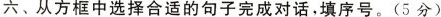
六、从方框中选择合适的句子完成对话,填序号.(5分)